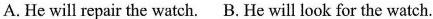
A.He will repair the watch.B.He will look for the watch.